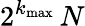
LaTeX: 2^{k_{\operatorname*{max}}}\, N